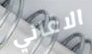
الاغاني